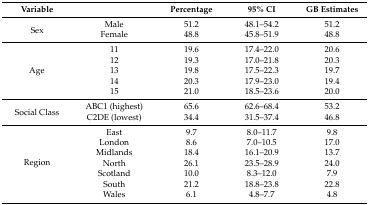
<table><thead><tr><td><b>Variable</b></td><td></td><td><b>Percentage</b></td><td><b>95% CI</b></td><td><b>GB Estimates</b></td></tr></thead><tbody><tr><td rowspan="2">Sex</td><td>Male</td><td>51.2</td><td>48.1–54.2</td><td>51.2</td></tr><tr><td>Female</td><td>48.8</td><td>45.8–51.9</td><td>48.8</td></tr><tr><td rowspan="5">Age</td><td>11</td><td>19.6</td><td>17.4–22.0</td><td>20.6</td></tr><tr><td>12</td><td>19.3</td><td>17.0–21.8</td><td>20.3</td></tr><tr><td>13</td><td>19.8</td><td>17.5–22.3</td><td>19.7</td></tr><tr><td>14</td><td>20.3</td><td>17.9–23.0</td><td>19.4</td></tr><tr><td>15</td><td>21.0</td><td>18.5–23.6</td><td>20.0</td></tr><tr><td rowspan="2">Social Class</td><td>ABC1 (highest)</td><td>65.6</td><td>62.6–68.4</td><td>53.2</td></tr><tr><td>C2DE (lowest)</td><td>34.4</td><td>31.5–37.4</td><td>46.8</td></tr><tr><td rowspan="7">Region</td><td>East</td><td>9.7</td><td>8.0–11.7</td><td>9.8</td></tr><tr><td>London</td><td>8.6</td><td>7.0–10.5</td><td>17.0</td></tr><tr><td>Midlands</td><td>18.4</td><td>16.1–20.9</td><td>13.7</td></tr><tr><td>North</td><td>26.1</td><td>23.5–28.9</td><td>24.0</td></tr><tr><td>Scotland</td><td>10.0</td><td>8.3–12.0</td><td>7.9</td></tr><tr><td>South</td><td>21.2</td><td>18.8–23.8</td><td>22.8</td></tr><tr><td>Wales</td><td>6.1</td><td>4.8–7.7</td><td>4.8</td></tr></tbody></table>